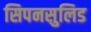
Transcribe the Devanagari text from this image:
सिपनसुलिड